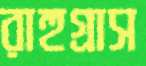
রাহুগ্রাস